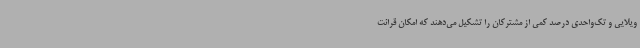
ویلایی و تک‌واحدی درصد کمی از مشترکان را تشکیل می‌دهند که امکان قرائت